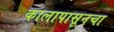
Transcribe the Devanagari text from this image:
कालापासूनचा